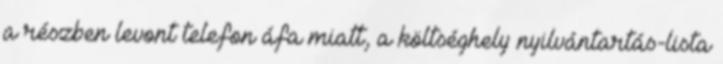
a részben levont telefon áfa miatt, a költséghely nyilvántartás-lista